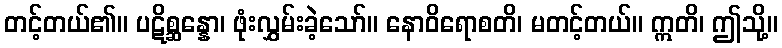
တင့်တယ်၏။ ပဋိစ္ဆန္နော၊ ဖုံးလွှမ်းခဲ့သော်။ နောဝိရောစတိ၊ မတင့်တယ်။ ဣတိ၊ ဤသို့။